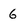
Character: 6